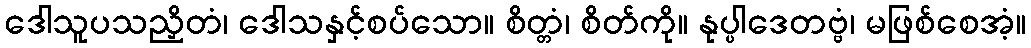
ဒေါသူပသညှိတံ၊ ဒေါသနှင့်စပ်သော။ စိတ္တံ၊ စိတ်ကို။ နုပ္ပါဒေတဗ္ဗံ၊ မဖြစ်စေအံ့။